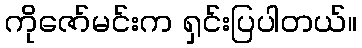
ကိုဇော်မင်းက ရှင်းပြပါတယ်။